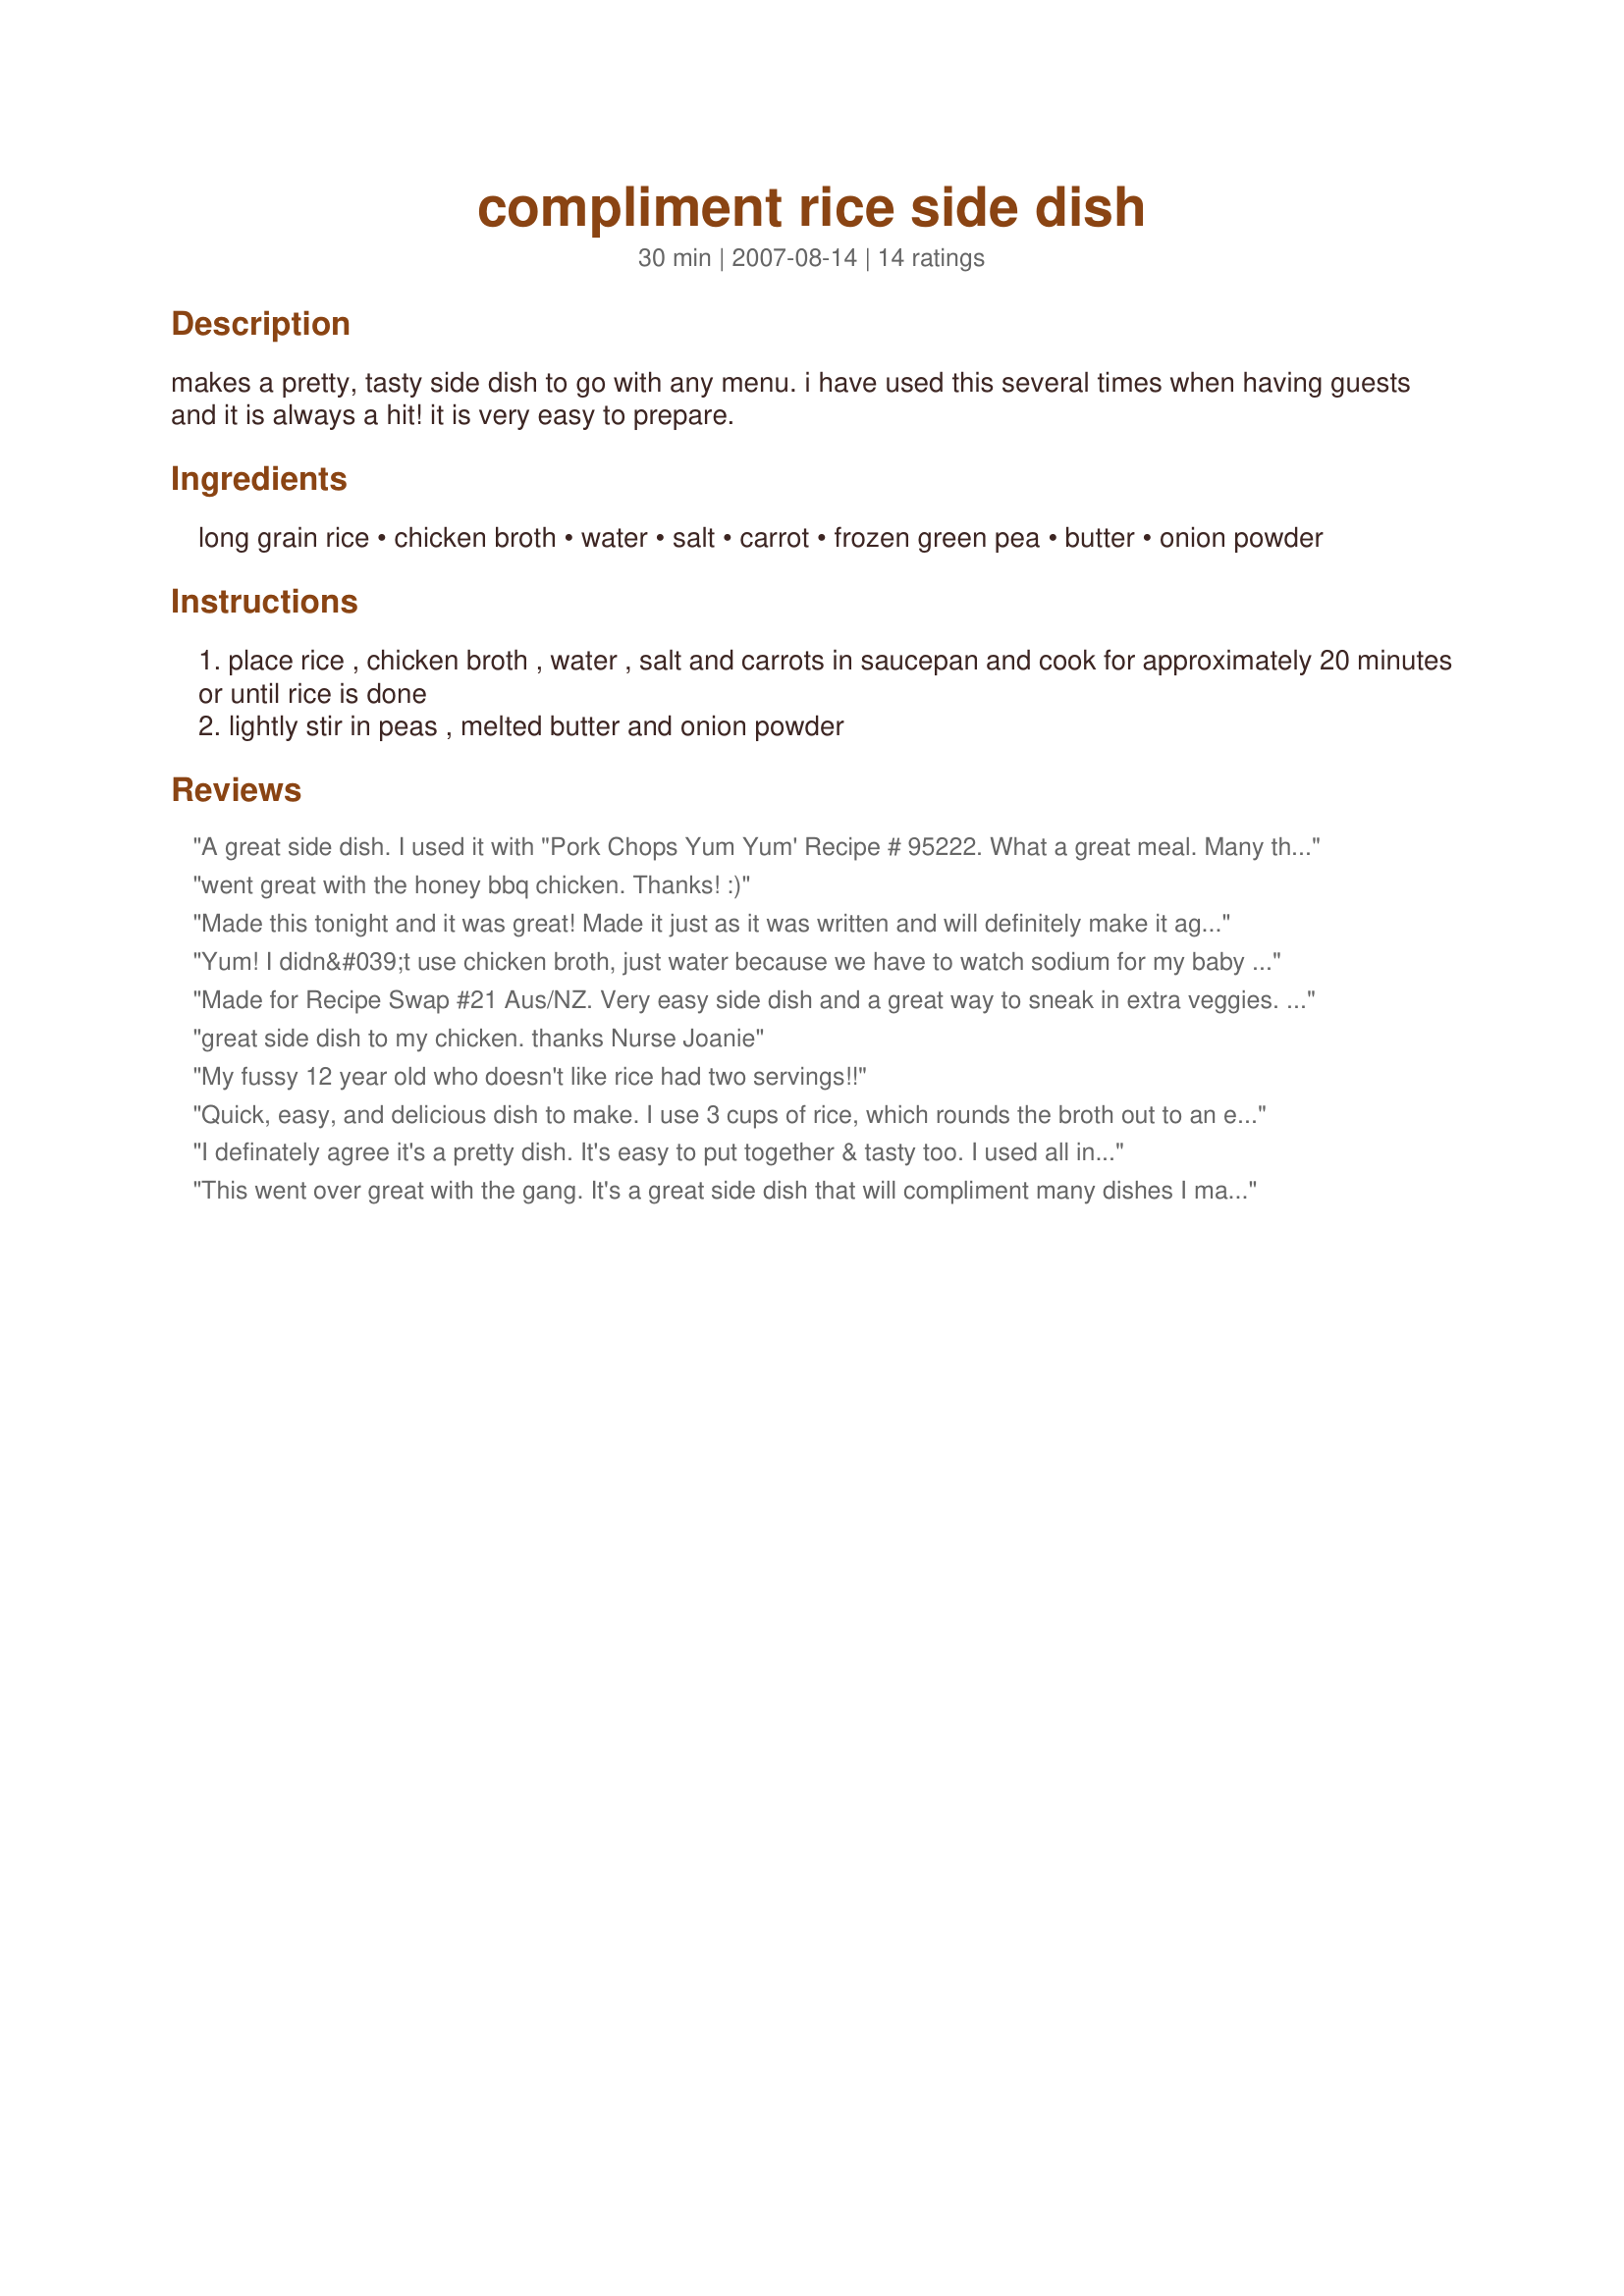
compliment rice side dish
Preparation time: 30 minutes

makes a pretty, tasty side dish to go with any menu. i have used this several times when having guests and it is always a hit! it is very easy to prepare.

Ingredients:
long grain rice, chicken broth, water, salt, carrot, frozen green pea, butter, onion powder

Steps:
place rice , chicken broth , water , salt and carrots in saucepan and cook for approximately 20 minutes or until rice is done
lightly stir in peas , melted butter and onion powder

Reviews:
A great side dish. I used it with "Pork Chops Yum Yum' Recipe # 95222. What a great meal. Many thanks.
went great with the honey bbq chicken. Thanks! :)
Made this tonight and it was great! Made it just as it was written and will definitely make it again!
Yum! I didn&#039;t use chicken broth, just water because we have to watch sodium for my baby (I took out his portion after it was cooked but before adding the salt). I used a teaspoon or more of onion powder and the dish was delicious. I will definitely be making this again!
Made for Recipe Swap #21 Aus/NZ. Very easy side dish and a great way to sneak in extra veggies. Served this with recipe #250934. Thanks for posting this Seasoned Cook!
great side dish to my chicken. thanks
Nurse Joanie
My fussy 12 year old who doesn't like rice had two servings!!
Quick, easy, and delicious dish to make. I use 3 cups of rice, which rounds the broth out to an exact 32 ounce container (which is how they are typically sold). The chicken broth already has a lot of sodium, so I prefer to go light on the salt. I make this for my dinner group every Sunday and its done from start to finish in 30 minutes. Goes well with chicken and vegetables.
I definately agree it's a pretty dish. It's easy to put together & tasty too. I used all ingredients as listed, I just had to adjust the portions cause 1 1/4 cups serve closer to 6 servings. Other than that, I just cut the butter in 1/2. Lovely dish, thanks for sharing.
This went over great with the gang.
It's a great side dish that will compliment many dishes I make. You can change up the veggies to suit your taste. I plan to use broccoli and carrots next time, or mushrooms and peas. Thanks for sharing!
Mmm, I love vegetables in my rice. I used shredded carrots instead of chopped. Very good!
Wonderful rice dish! loved the peas and carrots with the onion powder. I used brown rice so had to cook it longer but it was delicious and I will make it again, thanks for posting.
An excellent side dish, especially with chicken or fish! I've made it several times as a part of meals for neighbors. So colorful and bright! And tasty! Everybody likes it. Thanks for posting . . . Janet
My 5 yr. old loved this! I thought it was tasty. I omitted carrots (didn't have) and accidently added the onion powder before cooking. I added more afterwards with the butter and I think that is the secret to the great taste. Also, I microwaved my peas before adding. I plan to play with this by adding other veggies and spices. Great recipe!
